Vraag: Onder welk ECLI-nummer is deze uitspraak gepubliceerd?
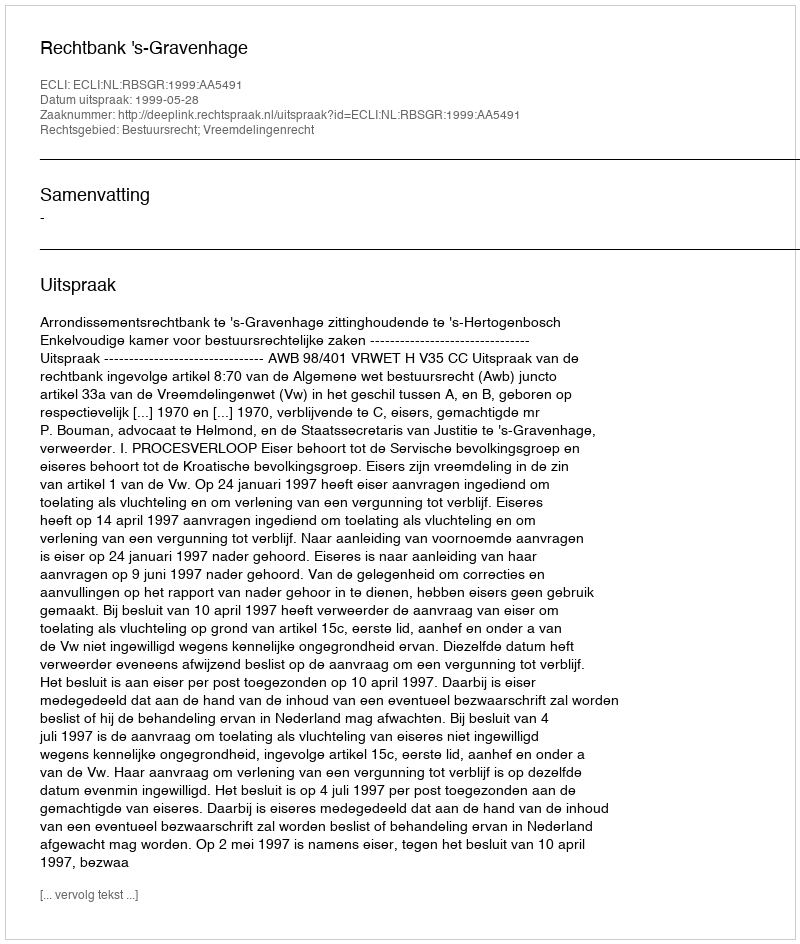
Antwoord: ECLI:NL:RBSGR:1999:AA5491